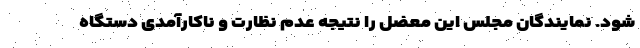
شود. نمایندگان مجلس این معضل را نتیجه عدم نظارت و ناکارآمدی دستگاه